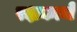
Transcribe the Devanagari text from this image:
रक्षकाचे